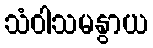
သံဝါသမနွာယ